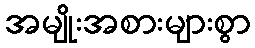
အမျိုးအစားများစွာ